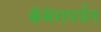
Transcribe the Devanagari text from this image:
कॅमेरापर्यंत